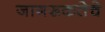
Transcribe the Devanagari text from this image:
जागरूकतेचे